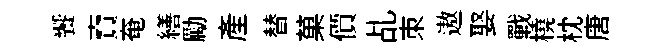
饗𧶠奄繕勵產替菓價乩朿遨娶戰橈枕唐